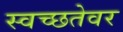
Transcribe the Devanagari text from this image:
स्वच्छतेवर